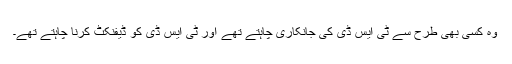
وہ کسی بھی طرح سے ٹی ایس ڈی کی جانکاری چاہتے تھے اور ٹی ایس ڈی کو ڈیفنکٹ کرنا چاہتے تھے۔